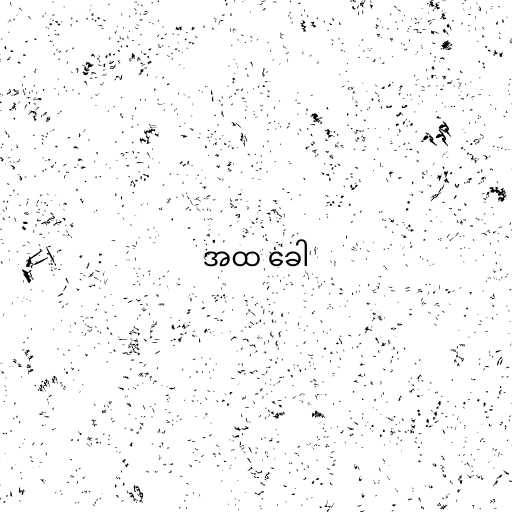
အထ ခေါ